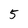
Character: 5